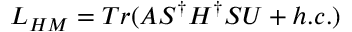
{ \cal L } _ { H M } = T r ( A S ^ { \dagger } H ^ { \dagger } S U + h . c . )